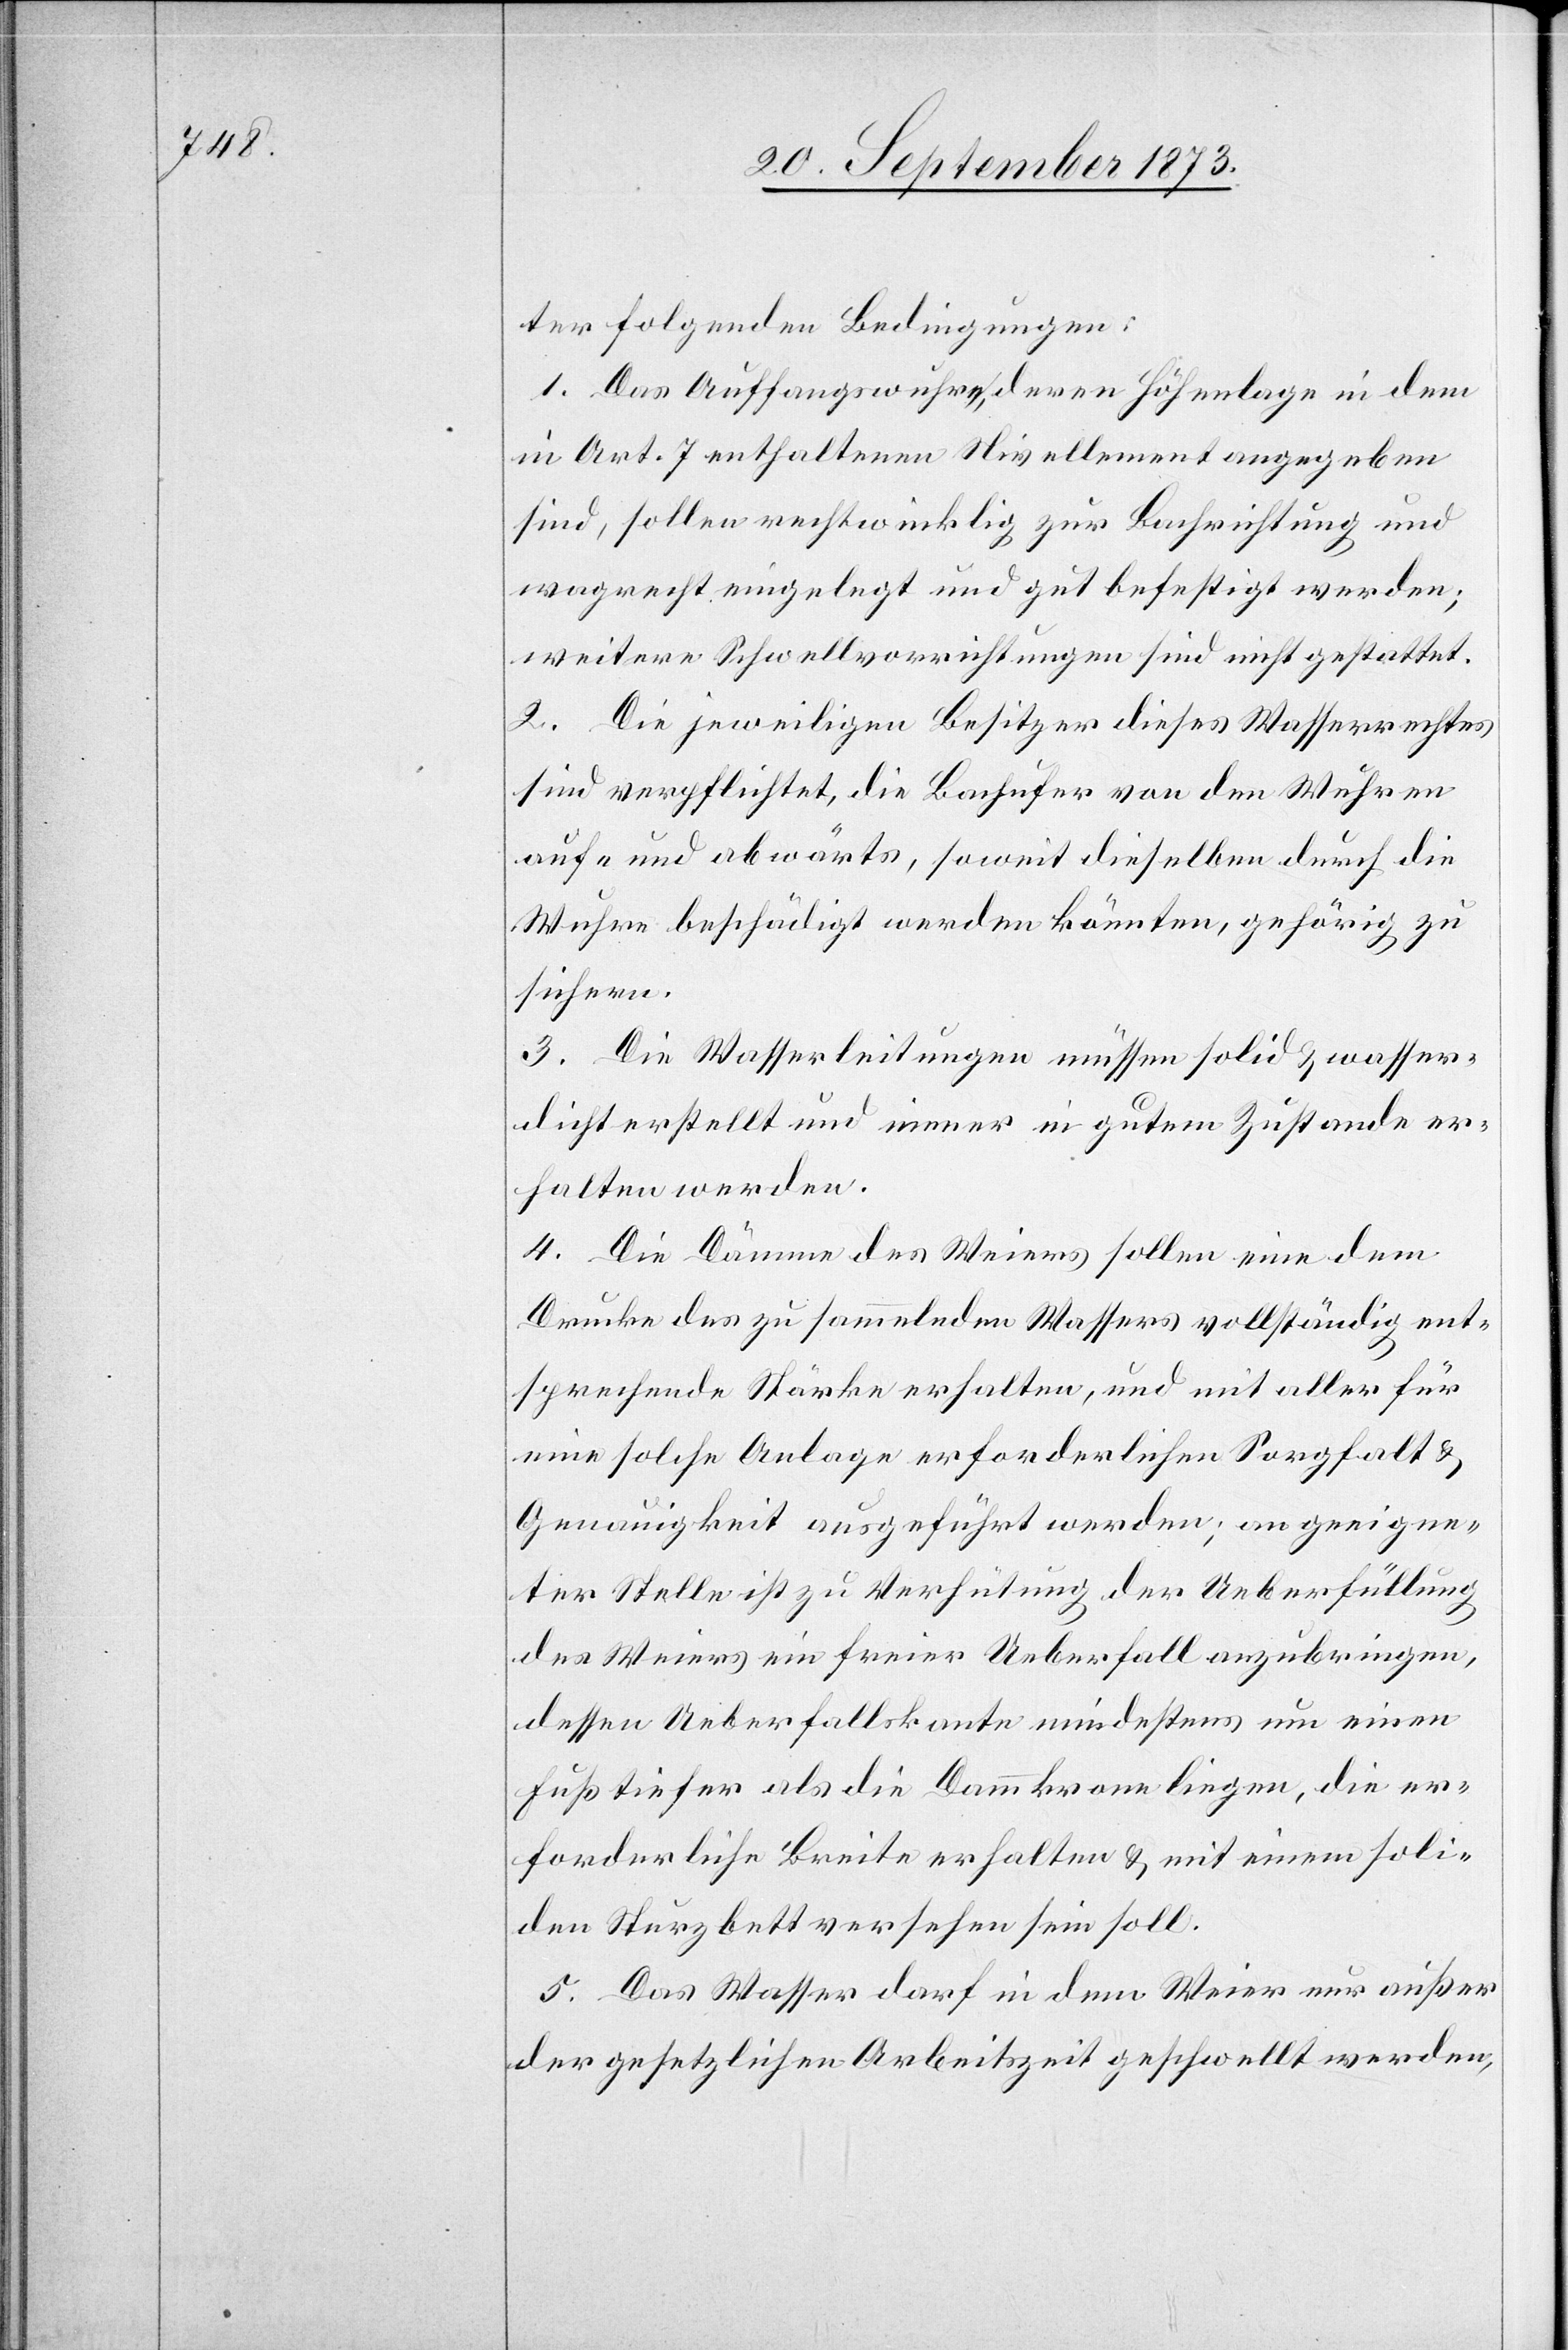
ter folgenden Bedingungen:
in Art. 7 enthaltenen Nivellement angegeben
sind, sollen rechtwinklig zur Bachrichtung und
wagrecht eingelegt und gut befestigt werden;
weitere Schwellvorrichtungen sind nicht gestattet.
2. Die jeweiligen Besitzer dieses Wasserrechtes
sind verpflichtet, die Bachufer von den Wuhren
auf- und abwärts, soweit dieselben durch die
Wuhre beschädigt werden könnten, gehörig zu
sichern.
3. Die Wasserleitungen müssen solid & wasser¬
dicht erstellt und immer in gutem Zustande er¬
halten werden.
4. Die Dämme des Weiers sollen eine dem
Drucke des zu sammelnden Wassers vollständig ent¬
sprechende Stärke erhalten, und mit aller für
eine solche Anlage erforderlichen Sorgfalt &
Genauigkeit ausgeführt werden; an geeigne¬
ter Stelle ist zu Verhütung der Ueberfüllung
des Weiers ein freier Ueberfall anzubringen,
dessen Ueberfallskante mindestens um einen
Fuß tiefer als die Dammkrone liegen, die er¬
forderliche Breite erhalten & mit einem soli¬
den Sturzbett versehen sein soll.
5. Das Wasser darf in dem Weier nur außer
der gesetzlichen Arbeitszeit geschwellt werden,